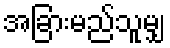
အခြားမည်သူမျှ